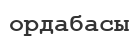
ордабасы